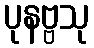
ပုနဗ္ဗသု